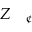
Z _ { \mathrm { ~ \textit ~ { ~ \textcent ~ } ~ } }